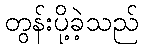
တွန်းပို့ခဲ့သည်